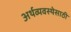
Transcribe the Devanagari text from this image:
अर्थव्यवस्थेसाठी